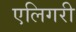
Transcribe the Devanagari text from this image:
एलिगरी